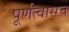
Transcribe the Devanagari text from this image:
पूर्णत्वासच